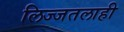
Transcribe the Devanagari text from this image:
लिज्जतलाही